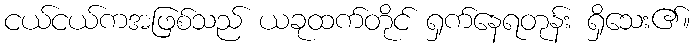
ငယ်ငယ်ကအဖြစ်သည် ယခုထက်တိုင် ရှက်နေရတုန်း ရှိသေး၏။